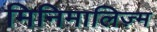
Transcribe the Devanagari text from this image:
मिनिमालिज़्म